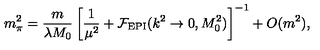
m _ { \pi } ^ { 2 } = \frac { m } { \lambda M _ { 0 } } \left[ \frac { 1 } { \mu ^ { 2 } } + { \cal F } _ { \mathrm { E P I } } ( k ^ { 2 } \rightarrow 0 , M _ { 0 } ^ { 2 } ) \right] ^ { - 1 } + O ( m ^ { 2 } ) ,